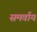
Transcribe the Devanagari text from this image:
समर्वाय